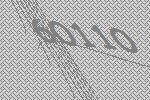
60110